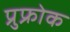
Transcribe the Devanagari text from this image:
प्रुफ्रोक